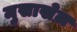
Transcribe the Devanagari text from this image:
मुसाखेल